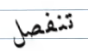
تنفصل